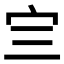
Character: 𰌴